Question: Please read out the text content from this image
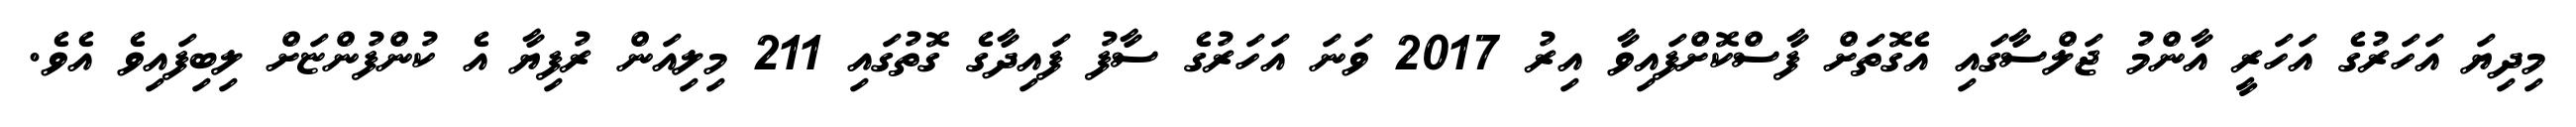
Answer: މިދިޔަ އަހަރުގެ އަހަރީ އާންމު ޖަލްސާގައި އެގޮތަށް ފާސްކޮށްފައިވާ އިރު 2017 ވަނަ އަހަރުގެ ސާފު ފައިދާގެ ގޮތުގައި 211 މިލިއަން ރުފިޔާ އެ ކުންފުންޏަށް ލިބިފައިވެ އެވެ.